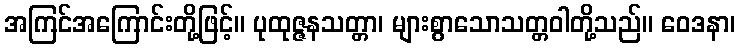
အကြင်အကြောင်းတို့ဖြင့်။ ပုထုဇ္ဇနသတ္တာ၊ များစွာသောသတ္တဝါတို့သည်။ ဝေဒနာ၊